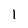
Character: l